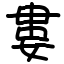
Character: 婁